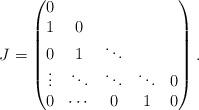
LaTeX: \begin{align*}J=\begin{pmatrix}0 & & & & \\1 & 0 & & & \\ 0 & 1 & \ddots & & \\\vdots & \ddots & \ddots & \ddots & 0 \\0 & \cdots & 0 & 1 & 0\end{pmatrix}.\end{align*}